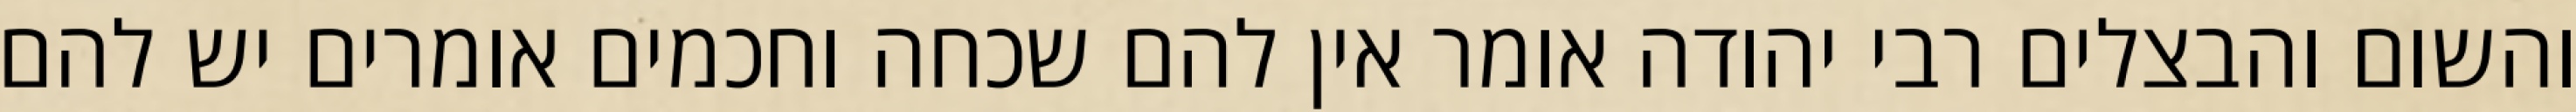
והשום והבצלים רבי יהודה אומר אין להם שכחה וחכמים אומרים יש להם